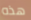
هذه